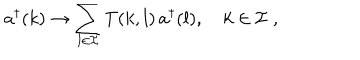
LaTeX: a ^ { \dagger } ( k ) \to \sum _ { l \in { \cal I } } T ( k , l ) \, a ^ { \dagger } ( l ) , \quad k \in { \cal I } \; ,